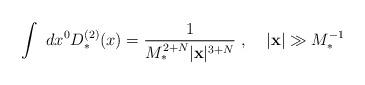
LaTeX: \begin{align*}\int~dx^0 D_*^{(2)}(x) = \frac{1}{M_*^{2+N} |{\bf x}|^{3+N}}\; , \;\;\; \; |{\bf x}| \gg M_*^{-1}\end{align*}